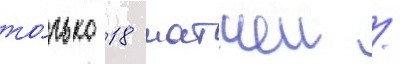
то́лько 18 матчеи /